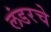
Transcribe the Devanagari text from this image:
लंडरचे